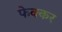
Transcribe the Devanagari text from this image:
फेक्कर